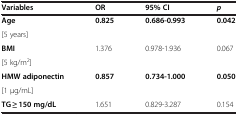
<table><thead><tr><td><b>Variables</b></td><td><b>OR</b></td><td><b>95% CI</b></td><td><b><i>p</i></b></td></tr></thead><tbody><tr><td><b>Age</b></td><td rowspan="2"><b>0.825</b></td><td rowspan="2"><b>0.686-0.993</b></td><td rowspan="2"><b>0.042</b></td></tr><tr><td>[5 years]</td></tr><tr><td><b>BMI</b></td><td rowspan="2">1.376</td><td rowspan="2">0.978-1.936</td><td rowspan="2">0.067</td></tr><tr><td>[5 kg/m<sup>2</sup>]</td></tr><tr><td><b>HMW adiponectin</b></td><td rowspan="2"><b>0.857</b></td><td rowspan="2"><b>0.734-1.000</b></td><td rowspan="2"><b>0.050</b></td></tr><tr><td>[1 μg/mL]</td></tr><tr><td><b>TG ≥ 150 mg/dL</b></td><td>1.651</td><td>0.829-3.287</td><td>0.154</td></tr></tbody></table>